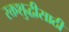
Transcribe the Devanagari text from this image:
रक्तशुद्धीसाठी